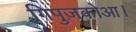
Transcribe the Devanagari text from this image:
गिपुज़कोआ।